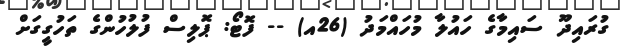
ގުރައިދޫ ސައިމާގެ ހައުލާ މުހައްމަދު (26އ) -- ފޮޓޯ: ޕޮލިސް ފުލުހުންގެ ތަހުގީގަށް